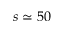
s \simeq 5 0